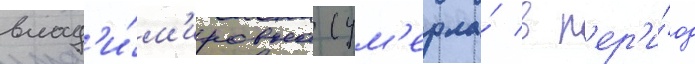
влад'и́м'ировна (ум'ерла́ в п'ер'и́од